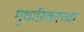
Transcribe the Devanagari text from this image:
मुथारिकाच्या